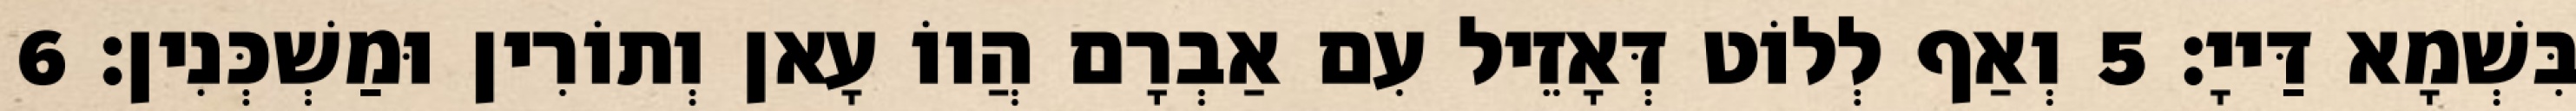
בִּשְׁמָא דַּייָ׃ 5 וְאַף לְלוֹט דְּאָזֵיל עִם אַבְרָם הֲווֹ עָאן וְתוֹרִין וּמַשְׁכְּנִין׃ 6